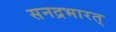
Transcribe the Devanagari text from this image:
सनद्रभारत्